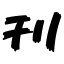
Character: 刊